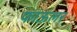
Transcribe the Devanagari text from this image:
फाऊलर